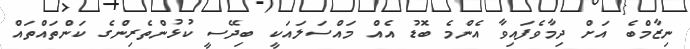
ނިޒާމްބެ އަށް ދިމާވެފައިވާ އެންމެ ބޮޑު އެއް މައްސަލައަކީ ބިދޭސީ ކުޅުންތެރިންގެ ކަންތައްތައް